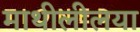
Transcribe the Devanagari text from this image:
माथीलीलया